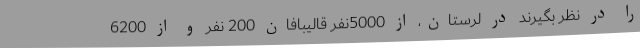
را در نظر بگیرند در لرستان، از 5000نفر قالیبافان 200 نفر و از 6200